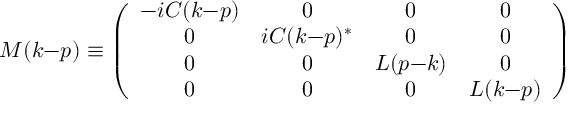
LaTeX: { \cal M } ( k { - } p ) \equiv \left( \begin{array} { c c c c } { { - i C ( k { - } p ) } } & { { 0 } } & { { 0 } } & { { 0 } } \\ { { 0 } } & { { i C ( k { - } p ) ^ { * } } } & { { 0 } } & { { 0 } } \\ { { 0 } } & { { 0 } } & { { L ( p { - } k ) } } & { { 0 } } \\ { { 0 } } & { { 0 } } & { { 0 } } & { { L ( k { - } p ) } } \end{array} \right) \;